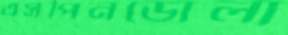
এসপিনডোলা